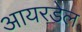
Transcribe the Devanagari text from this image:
आयरडेल